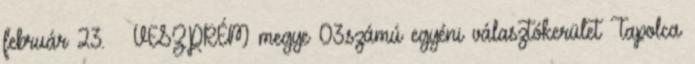
február 23. ↑ VESZPRÉM megye 03.számú egyéni választókerület Tapolca